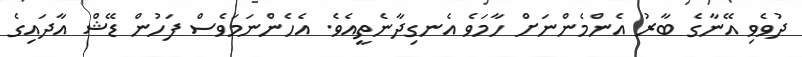
ދުވެވި އޭނާގެ ބާރު އެންމެންނަށް ހާމަވެ އެނގިދާނެތީއެވެ. އެހެންނަމަވެސް ފަހުން ޑޭޝް އާދައިގެ